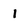
Character: 1